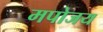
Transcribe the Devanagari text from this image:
मपोजय